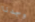
وجدنا